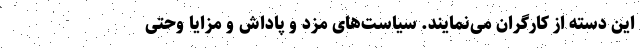
این دسته از کارگران می‌نمایند. سیاست‌های مزد و پاداش و مزایا وحتی